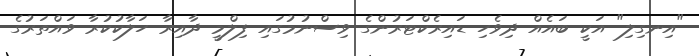
"އިނގިލި" އަކީ ބައެއް ދިވެހި ޑައިރެކްޓަރުންގެ ވިސްނުމުގައި ފިލްމީ ދާއިރާ ހަލާކުކުރާ ވައްތަރުގެ